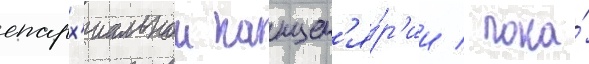
епарх'иальнои канцел'я́р'ии / пока́